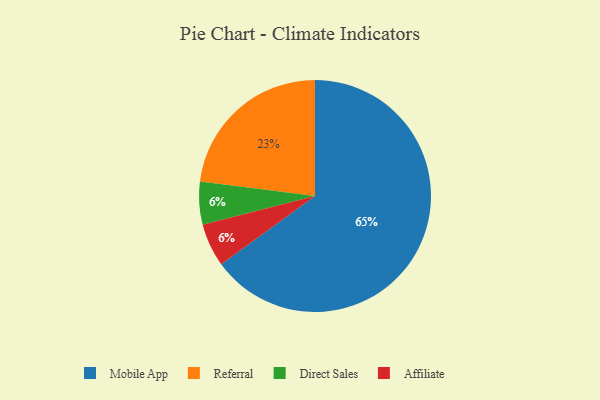
{"axis": {"x": "Category", "y": "Percentage"}, "legend": ["Affiliate", "Direct Sales", "Mobile App", "Referral"], "data": [{"x": "Mobile App", "y": 65, "type": "Mobile App"}, {"x": "Referral", "y": 23, "type": "Referral"}, {"x": "Direct Sales", "y": 6, "type": "Direct Sales"}, {"x": "Affiliate", "y": 6, "type": "Affiliate"}]}